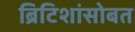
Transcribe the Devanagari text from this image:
ब्रिटिशांसोबत